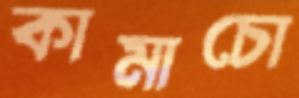
কামাচো